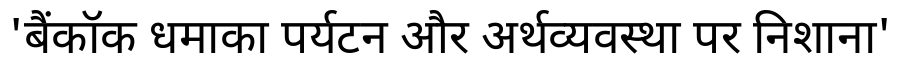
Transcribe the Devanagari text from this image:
'बैंकॉक धमाका पर्यटन और अर्थव्यवस्था पर निशाना'